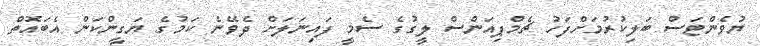
ޔުވެންޓަސް ބަލިކުރުމަށްފަހު ޗެމްޕިއަންސް ލީގުގެ ސެމީ ފައިނަލަށް ދެވޭނެ ކަމުގެ ޔަގީންކަން އެބައޮތް